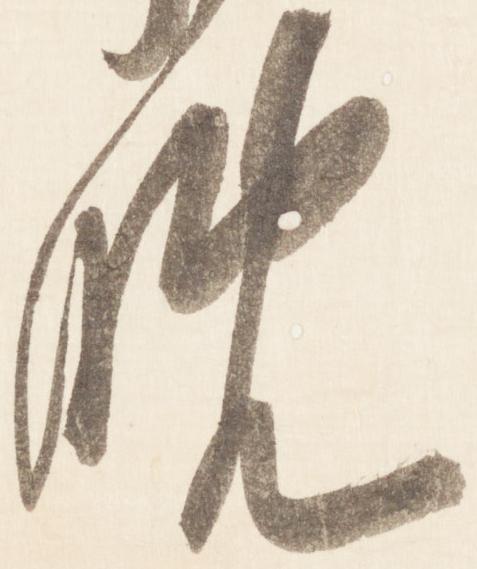
晩